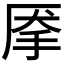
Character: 𰓙